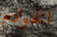
الخوادم